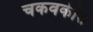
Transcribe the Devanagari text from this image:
चकवकीत